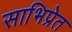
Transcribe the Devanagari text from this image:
साभिप्रेत